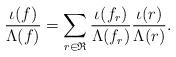
LaTeX: \begin{align*}\frac{\iota(f)}{\Lambda(f)}=\sum_{r\in \mathfrak{R}}\frac{\iota(f_r)}{\Lambda({f_r})}\frac{\iota(r)}{\Lambda({r})}.\end{align*}